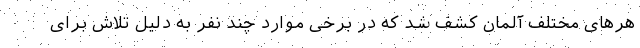
هر‌های مختلف آلمان کشف شد که در برخی موارد چند نفر به دلیل تلاش برای